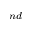
^ { n d }